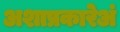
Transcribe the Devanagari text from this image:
अशाप्रकारेअं